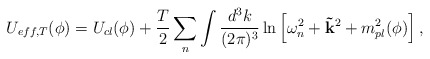
\begin{align*}U_{eff,T}(\phi)=U_{cl}(\phi)+\frac {T}{2}\sum_n\int \frac{d^3k}{(2\pi)^3}\ln \left[ \omega_n^2+{\bf \vec k}^2+m_{pl}^2(\phi)\right], \end{align*}